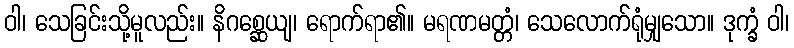
ဝါ၊ သေခြင်းသို့မူလည်း။ နိဂစ္ဆေယျ၊ ရောက်ရာ၏။ မရဏမတ္တံ၊ သေလောက်ရုံမျှသော။ ဒုက္ခံ ဝါ၊